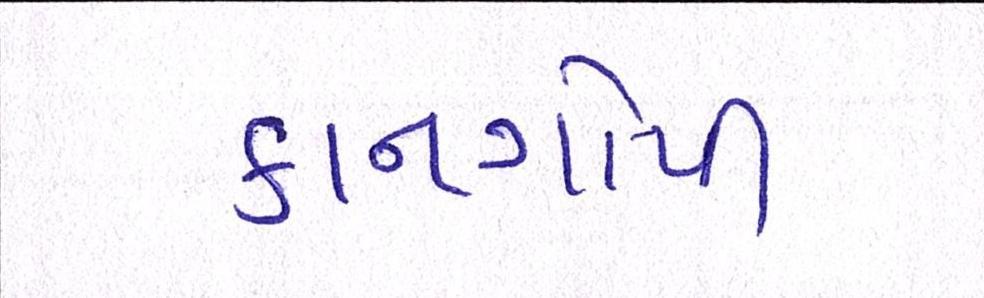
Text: કાનગોપી